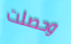
وحصلت